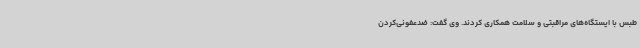
طبس با ایستگاه‌های مراقبتی و سلامت همکاری کردند. وی گفت: ضدعفونی‌کردن